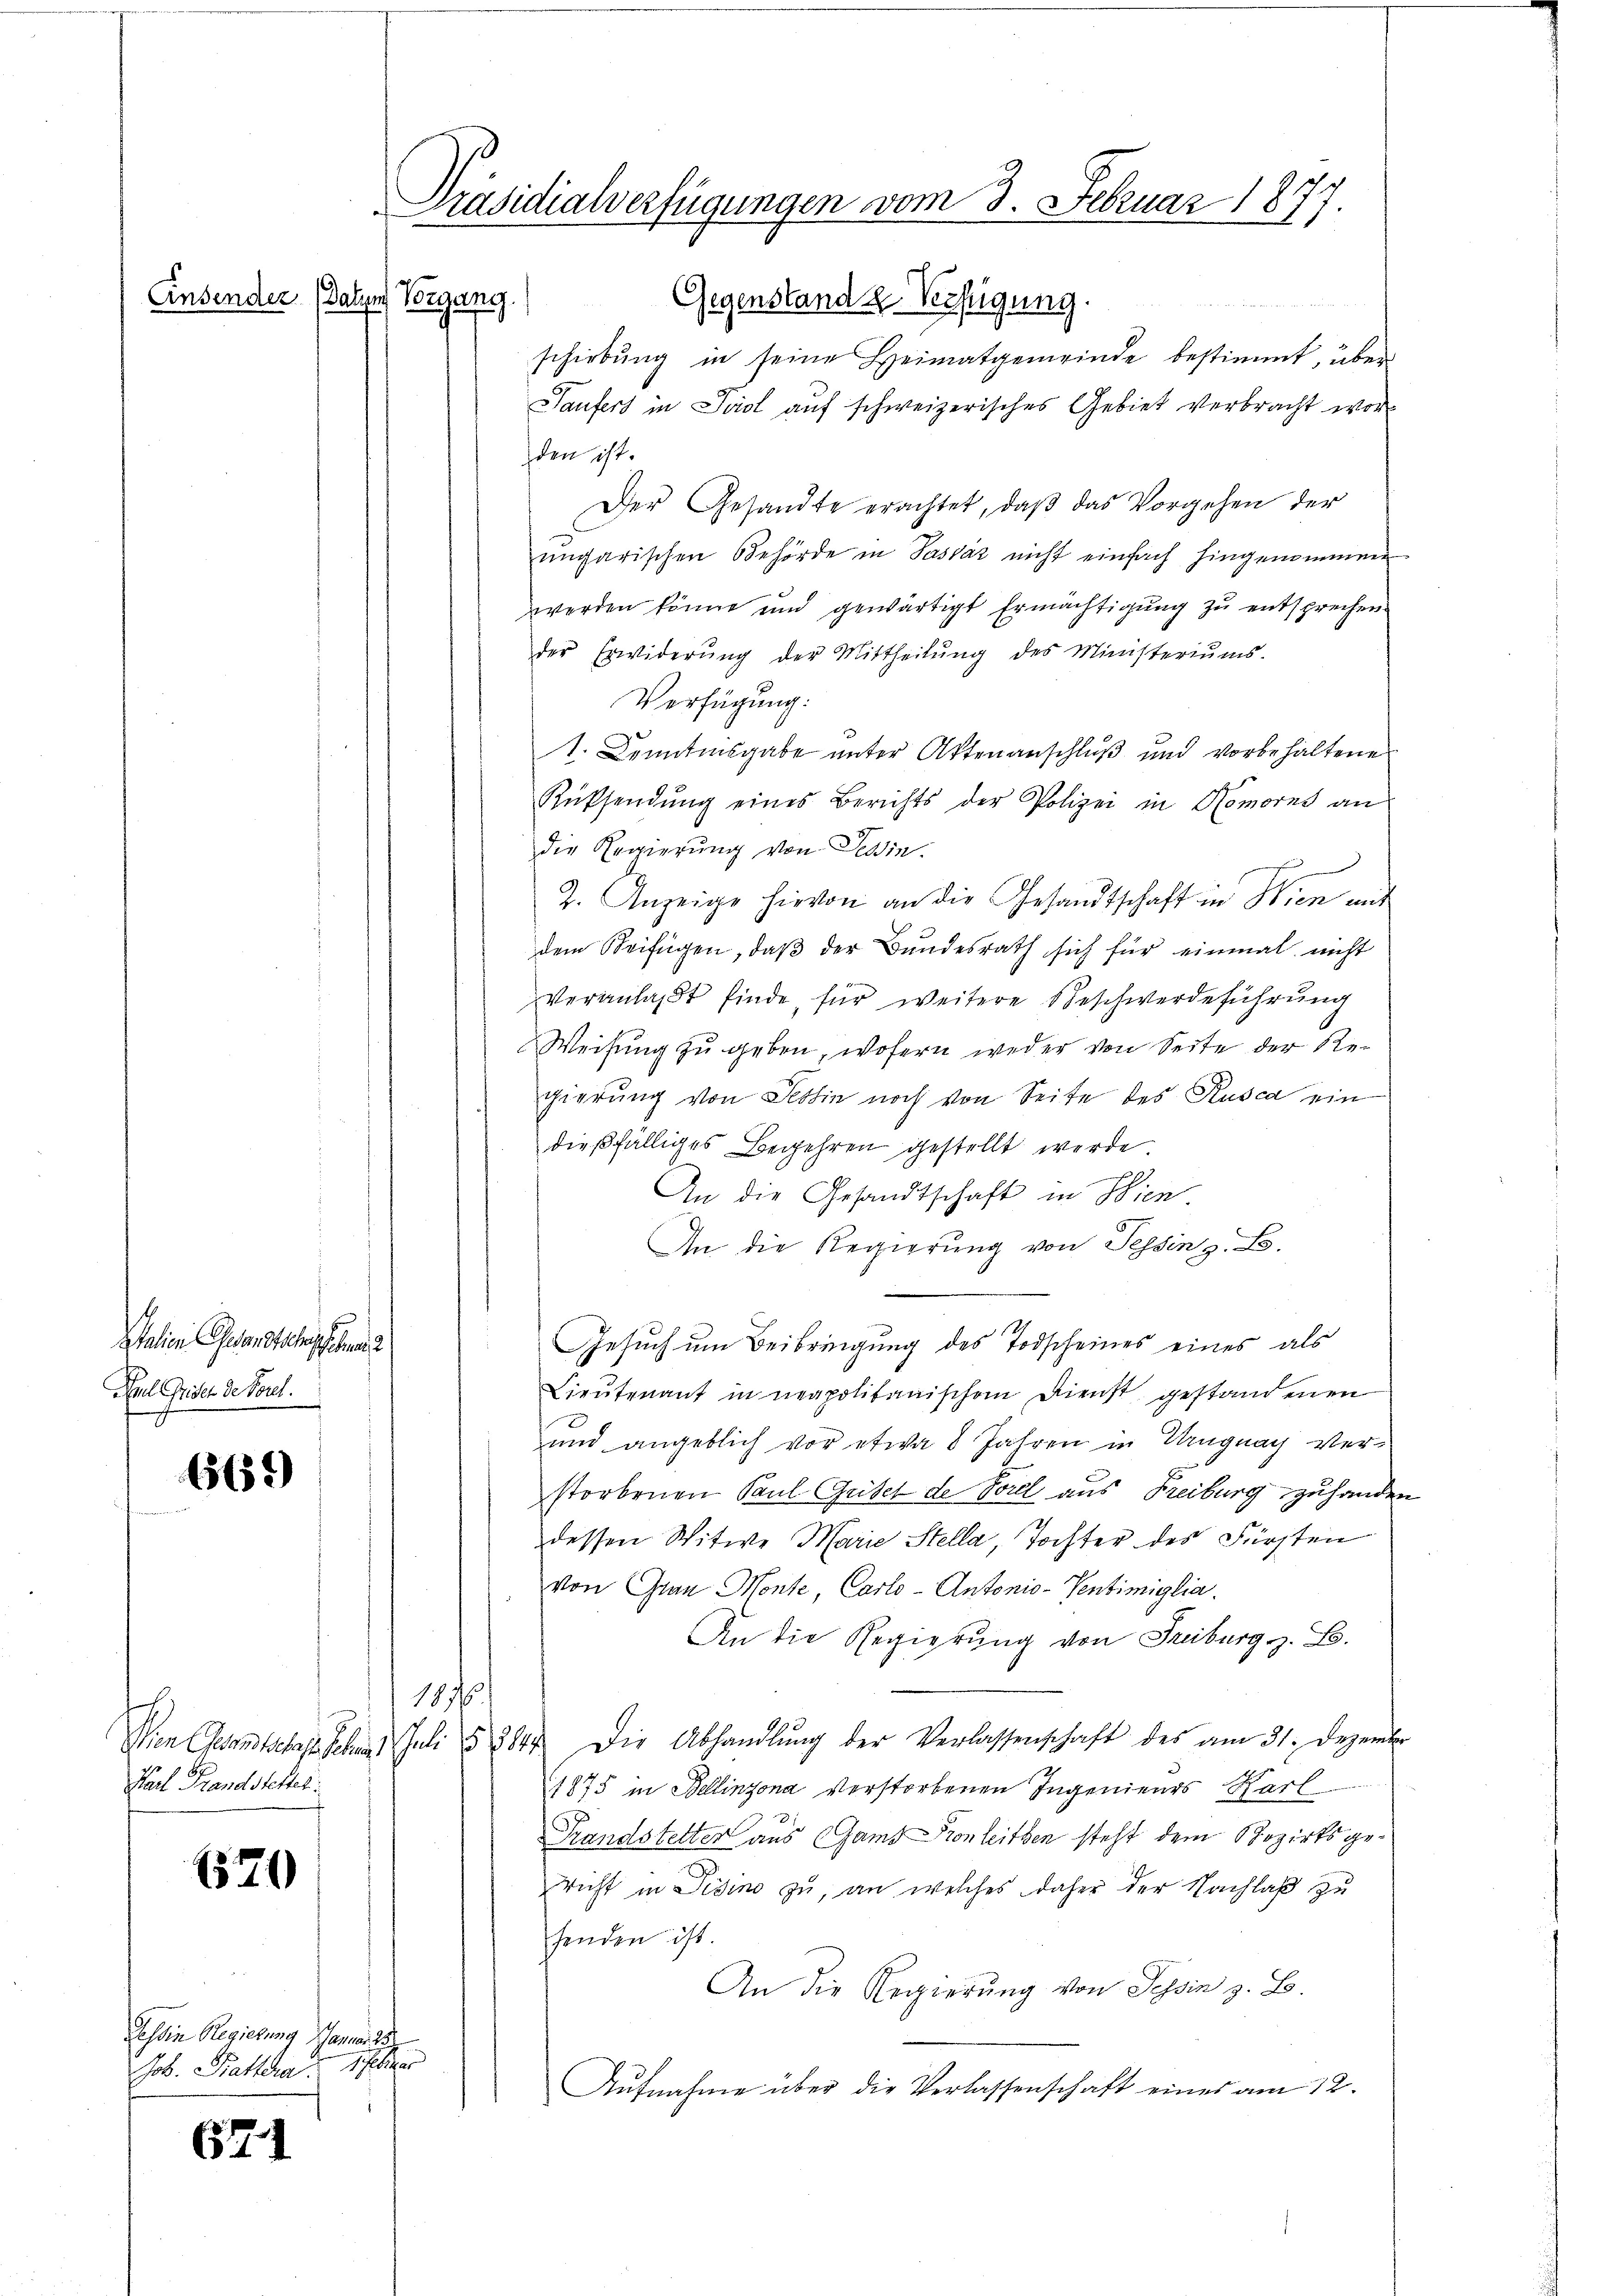
Einsender. (Satzes Vorgang

Italien Gesandtschaffha
Aul Griset de Forel.

665.

c
Karl Brandstettel

1570

Tessin Regierung amortig
Job. Battera Schubiger

671

Präsidialverfügungen vom 3. Februar 1877.

Gegenstand z. Verfügung.
schiebung in seine Heimatgemeinde bestimmt, über
Saufers in Seidl auf schweizerisches Gebiet verbracht worden ist.
Der Gesandte erachtet, daβ das Vorgehen der
ungarischen Behörde in Sassáz nicht einfach hingenommen
werden könne und gewärtigt Ermächtigung zu entsprechen
der Erwiderŭng der Mittheilŭng des Ministeriŭms.
Verfügung:
1. Kenntnisgabe ŭnter Aktenanschlŭβ und vorbehaltene
Rüssendŭng eines Berichts der Polizei in Homorns an
die Regierung von Tessin.
2. Anzeige hievon an die Gesandtschaft in Wien mit
dem Beifügen, daβ der Bundesrath sich für einmal nicht
veranlaßt finde, für weitere Beschwerdeführung
Weisung zu geben, wofern weder von Seite der Regierung von Tessin noch von Seite des Rusca ein
dießfälliges Begehren gestellt werde.
An die Gesandtschaft in Wien
An die Regierung von Tessin z. B.
Gesuch um Beibringung des Todscheines eines als
Lieutenant in neapolitanischem Dienst gestandenen
und angeblich vor etwa 8 Jahren in Uruguay verstorbenen Paul Gritet de Forel aus Freiburg zuhande
dessen Witwe Marie Stella, Tochter des Fürsten
von Grau Monte, Carlo-Antonio-Sentimiglia.
An die Regierung von Freiburg z. B.
1876.
Wien Gesandtschaften Juli § 2844. Die Abhandlŭng der Verlassenschaft des am 31. Dezemb
1875 in Bellinzona verstorbenen Ingenieurs Karl
Randstetter aus Gamb Kronleiten steht dem Bezirksgericht in Visino zu, an welches daher der Nachlaß zu
henden ist.
An die Regierung von Schin z. B.
Aufnahme über die Verlassenschaft eines am 12.